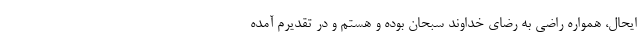
ایحال، همواره راضی به رضای خداوند سبحان بوده و هستم و در تقدیرم آمده